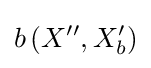
b\left(X^{\prime \prime },X_{b}^{\prime }\right)